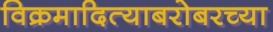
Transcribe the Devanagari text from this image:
विक्रमादित्याबरोबरच्या